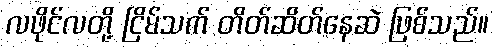
လဖိုင်လတို့ ငြိမ်သက် တိတ်ဆိတ်နေဆဲ ဖြစ်သည်။